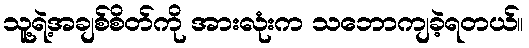
သူ့ရဲ့အချစ်စိတ်ကို အားလုံးက သဘောကျခဲ့ရတယ်။